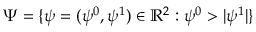
\Psi = \{ \psi = ( \psi ^ { 0 } , \psi ^ { 1 } ) \in \mathbb R ^ { 2 } : \psi ^ { 0 } > | \psi ^ { 1 } | \}